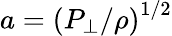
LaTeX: a=\left(P_{\perp}/\rho\right)^{1/2}